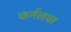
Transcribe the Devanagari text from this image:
कर्नलवर